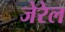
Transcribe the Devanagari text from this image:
जेरेल